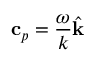
\mathbf { c } _ { p } = \frac { \omega } { k } \hat { \mathbf { k } }